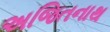
અજિતનાથ